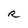
Character: R